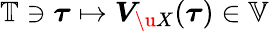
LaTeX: \mathbb{T}\ni\boldsymbol{\tau}\mapsto\boldsymbol{V}_{\u{X}}(\boldsymbol{\tau})\in\mathbb{V}